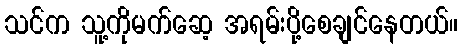
သင်က သူ့ကိုမက်ဆေ့ အရမ်းပို့စေချင်နေတယ်။